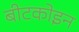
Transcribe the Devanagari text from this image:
बीटकोइन